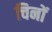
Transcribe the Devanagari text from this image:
चिनों